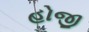
હોજી